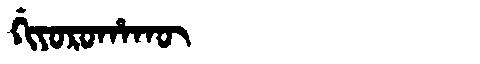
Manchu: ᡤᡳᠶᠣᡵᠣᡥᠠᡴᡡ
Romanization: GIYOROHAKŪ